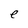
Character: e